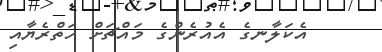
އެކަލާނގެ އެއުރެންގެ މައްޗަށް ހަތްރެޔާއި